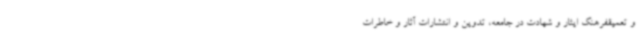
و تعمیقفرهنگ ایثار و شهادت در جامعه، تدوین و انتشارات آثار و خاطرات